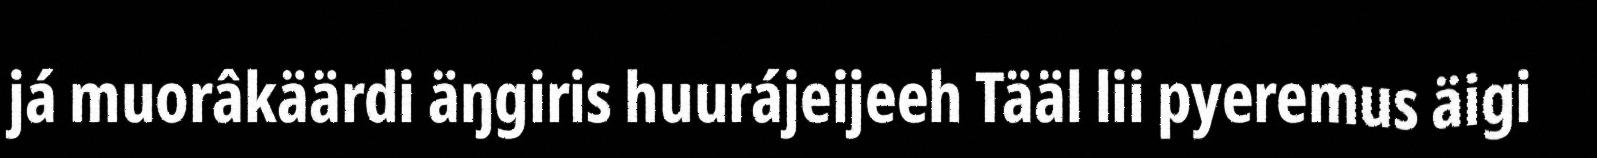
já muorâkäärdi äŋgiris huurájeijeeh Tääl lii pyeremus äigi